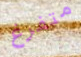
متفرغ